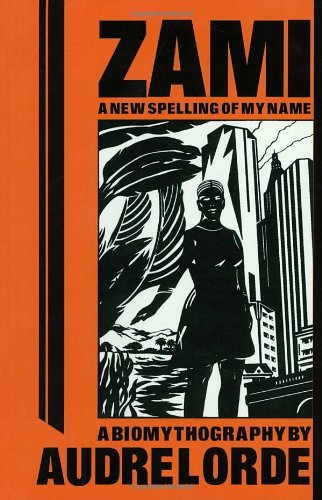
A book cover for Zami: A New Spelling of My Name - A Biomythography (Crossing Press Feminist Series); Audre Lorde; Gay & Lesbian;